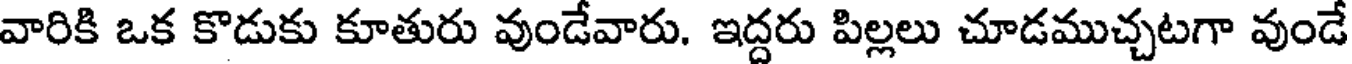
వారికి ఒక కొడుకు కూతురు వుండేవారు. ఇద్దరు పిల్లలు చూడముచ్చటగా వుండే